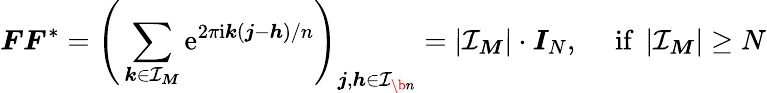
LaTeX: \boldsymbol F\boldsymbol F^{*}=\Bigg(\sum_{\boldsymbol k\in\mathcal I_{\boldsymbol M}}\mathrm e^{2\pi\mathrm i\boldsymbol k(\boldsymbol j-\boldsymbol h)/{n}}\Bigg)_{\boldsymbol j,\boldsymbol h\in\mathcal I_{\b{n}}}=|\mathcal I_{\boldsymbol M}|\cdot\boldsymbol I_{N},\quad\mathrm{~if~}\, |\mathcal I_{\boldsymbol M}|\geq N